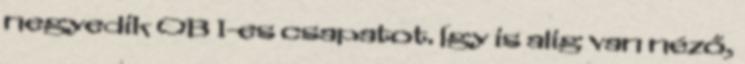
negyedik OB I-es csapatot. Így is alig van néző,